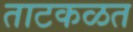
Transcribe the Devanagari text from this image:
ताटकळत